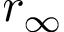
r _ { \infty }